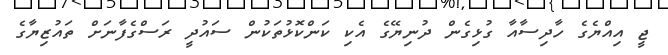
ޖީ އިއްޔެގެ ހާދިސާއާ ގުޅިގެން ދުނިޔޭގެ އެކި ކަންކޮޅުތަކުން ސައުދީ ރަސްގެފާނަށް ތައުޒިޔާގެ